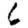
Digit: 6